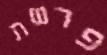
פרשת